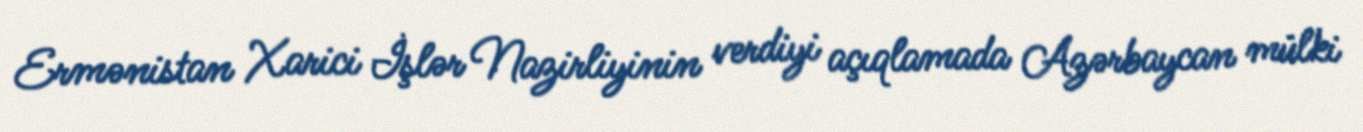
Ermənistan Xarici İşlər Nazirliyinin verdiyi açıqlamada Azərbaycan mülki